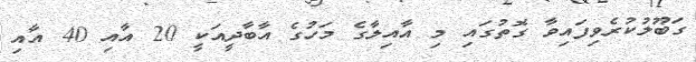
ގަބޫލުކުރެވިފައިވާ ގޮތުގައި މި އާއިލާގެ މަހުގެ އާބާދީއަކީ 20 އާއި 40 އާއި